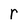
Character: r